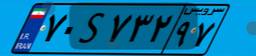
۷۸S۷۹۹۵۷